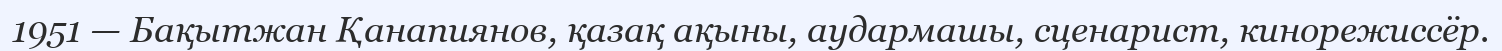
1951 — Бақытжан Қанапиянов, қазақ ақыны, аудармашы, сценарист, кинорежиссёр.